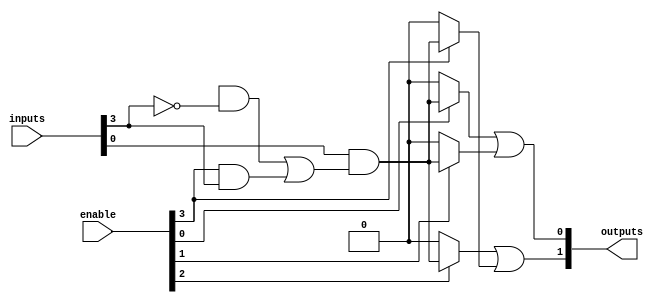
module PLA #(parameter N = 4,     // Number of inputs
              parameter M = 2,     // Number of outputs
              parameter P = 4)     // Number of product terms
(
    input  wire [N-1:0] inputs,  // Inputs to the PLA
    input  wire [N-1:0] enable,   // Programmable enable signals
    output wire [M-1:0] outputs   // Outputs from the PLA
);

// Internal wires for the AND plane outputs
wire [P-1:0] and_out;

// AND Plane - programmable AND gates
genvar i;
generate
    for (i = 0; i < P; i = i + 1) begin : AND_PLANE
        assign and_out[i] = (enable[i]) ? 
            (inputs[0] & ((enable[N] & ~inputs[N-1]) | (enable[N-1] & inputs[N-1]))) : 1'b0; // Example for product term
    end
endgenerate

// OR Plane - programmable OR gates
generate
    for (i = 0; i < M; i = i + 1) begin : OR_PLANE
        assign outputs[i] = or_gate(i);
    end
endgenerate

function or_gate(input integer idx);
    // A simple example logic implementation for OR gates
    case (idx)
        0: or_gate = and_out[0] | and_out[1]; // Example terms to produce output 0
        1: or_gate = and_out[2] | and_out[3]; // Example terms to produce output 1
        default: or_gate = 1'b0; // Default case
    endcase
endfunction

endmodule